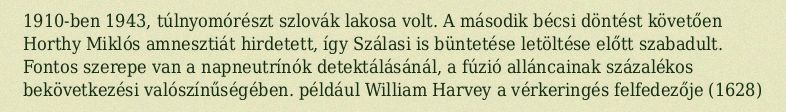
1910-ben 1943, túlnyomórészt szlovák lakosa volt. A második bécsi döntést követően Horthy Miklós amnesztiát hirdetett, így Szálasi is büntetése letöltése előtt szabadult. Fontos szerepe van a napneutrínók detektálásánál, a fúzió alláncainak százalékos bekövetkezési valószínűségében. például William Harvey a vérkeringés felfedezője (1628)